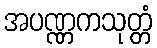
အပဏ္ဏကသုတ္တံ